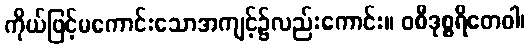
ကိုယ်ဖြင့်မကောင်းသောအကျင့်၌လည်းကောင်း။ ဝစီဒုစ္စရိတေဝါ၊